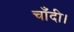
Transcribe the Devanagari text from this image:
चाँदी।